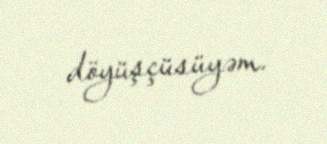
döyüşçüsüyəm.